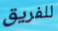
للفريق